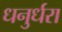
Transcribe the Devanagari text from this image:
धनुर्धरा